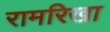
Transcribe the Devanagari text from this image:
रामरिखा